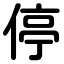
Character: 停